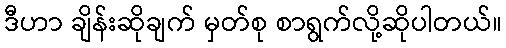
ဒီဟာ ချိန်းဆိုချက် မှတ်စု စာရွက်လို့ဆိုပါတယ်။